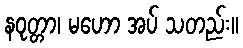
နဝုတ္တာ၊ မဟော အပ် သတည်း။